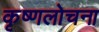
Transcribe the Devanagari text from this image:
कृष्णलोचना